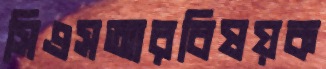
সিএসআরবিষয়ক